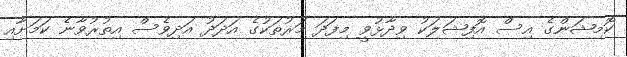
ކޮމިޝަންގެ އިސް އޮފިޝަލަކު ވިދާޅުވީ މިފަދަ މަރުތަކުގެ އަދަދު އަދިވެސް އިތުރުވާނެ ކަމަށާއި